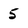
Character: 5